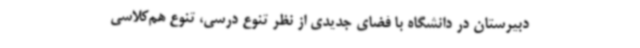
دبیرستان در دانشگاه با فضای جدیدی از نظر تنوع درسی، تنوع هم‌کلاسی